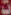
٥٠